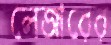
লেজারের